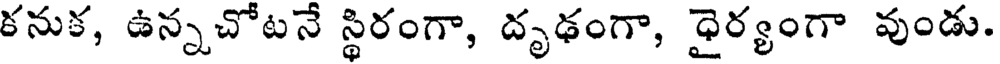
కనుక, ఉన్నచోటనే స్థిరంగా, దృఢంగా, ధైర్యంగా వుండు.